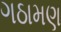
ગઠામણ